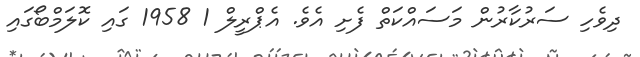
ދިވެހި ސަރުކާރުން މަސައްކަތް ފެށި އެވެ. އެޕްރީލް 1 1958 ގައި ކޮލަމްބޯގައި